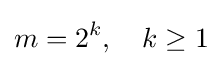
m=2^{k},\quad k\geq 1